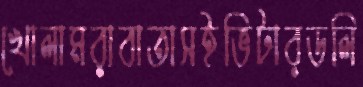
খোলামরাবাতাসইভিটারডলি